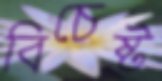
বিচেষ্ট